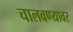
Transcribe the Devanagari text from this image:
चालवण्यावर